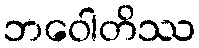
ဘဝေါတိဿ